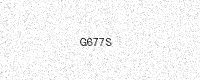
Text: G677S